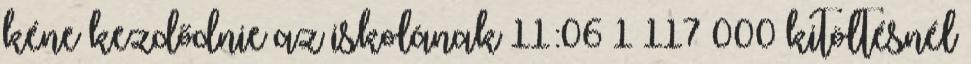
kéne kezdődnie az iskolának 11:06 1 117 000 kitöltésnél